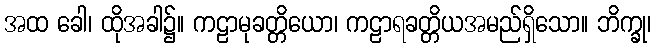
အထ ခေါ၊ ထိုအခါ၌။ ကဠာမုခတ္တိယော၊ ကဠာရခတ္တိယအမည်ရှိသော။ ဘိက္ခု၊